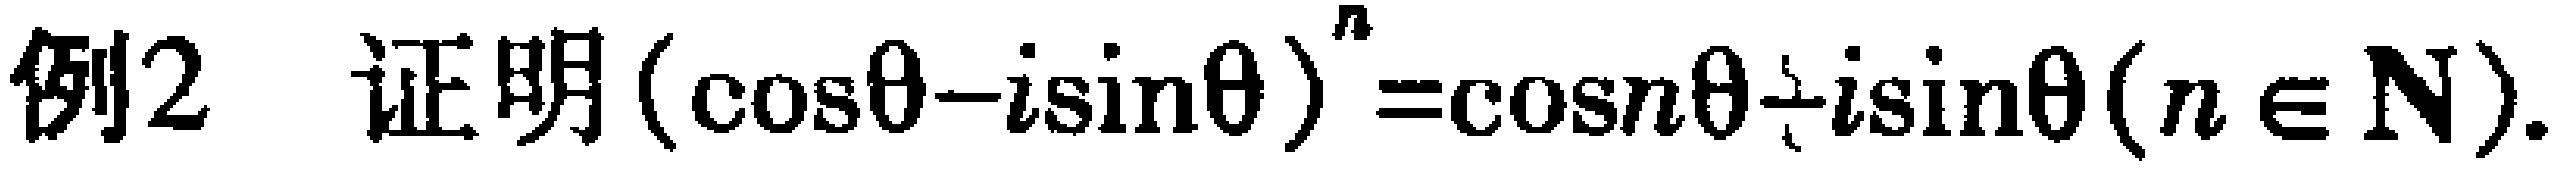
例2 证明\((\cos\theta - i\sin\theta)^n=\cos n\theta - i\sin n\theta(n\in\mathbf{N})\).